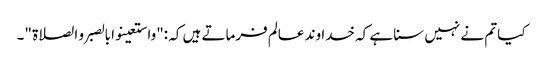
کیا تم نے نہیں سنا ہے کہ خدا وند عالم فرماتے ہیں کہ :"واستعینوا بالصبر و الصلاۃ "۔